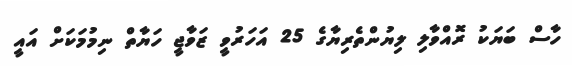
ހާސް ބަޔަކު ރޮއްވާލި ލިޔުންތެރިޔާގެ 25 އަހަރުވީ ޒަވާޖީ ހަޔާތް ނިމުމަކަށް އައީ